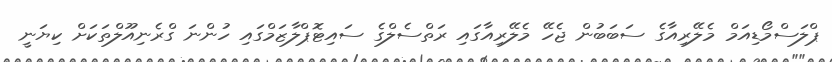
ޕްލަސްމޯޑިއަމް މެލޭރިއާގެ ސަބަބުން ޖެހޭ މެލޭރިއާގައި ރަތްސެލްގެ ސައިޓޮޕްލާޒަމްގައި ހުންނަ ގްރެނިއޫލްތަކަށް ކިޔަނީ